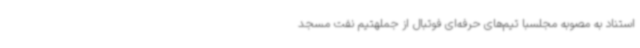
استناد به مصوبه مجلسبا تیم‌های حرفه‌ای فوتبال از جملهتیم نفت مسجد